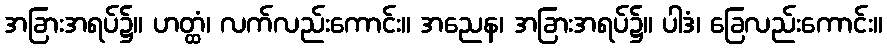
အခြားအရပ်၌။ ဟတ္ထံ၊ လက်လည်းကောင်း။ အညေန၊ အခြားအရပ်၌။ ပါဒံ၊ ခြေလည်းကောင်း။